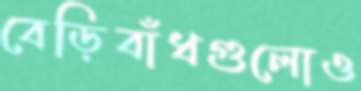
বেড়িবাঁধগুলোও